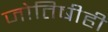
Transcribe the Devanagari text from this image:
जोतिषीही